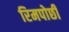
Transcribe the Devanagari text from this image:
रिमपोछी